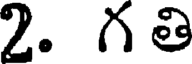
2. గ తి